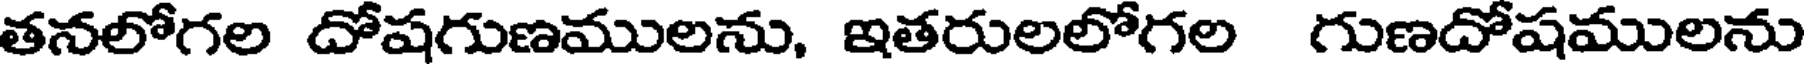
తనలోగల దోషగుణములను, ఇతరులలోగల గుణదోషములను